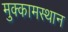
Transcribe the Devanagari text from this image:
मुक्कामस्थान